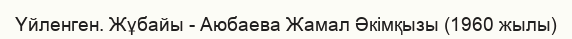
Үйленген. Жұбайы - Аюбаева Жамал Әкімқызы (1960 жылы)